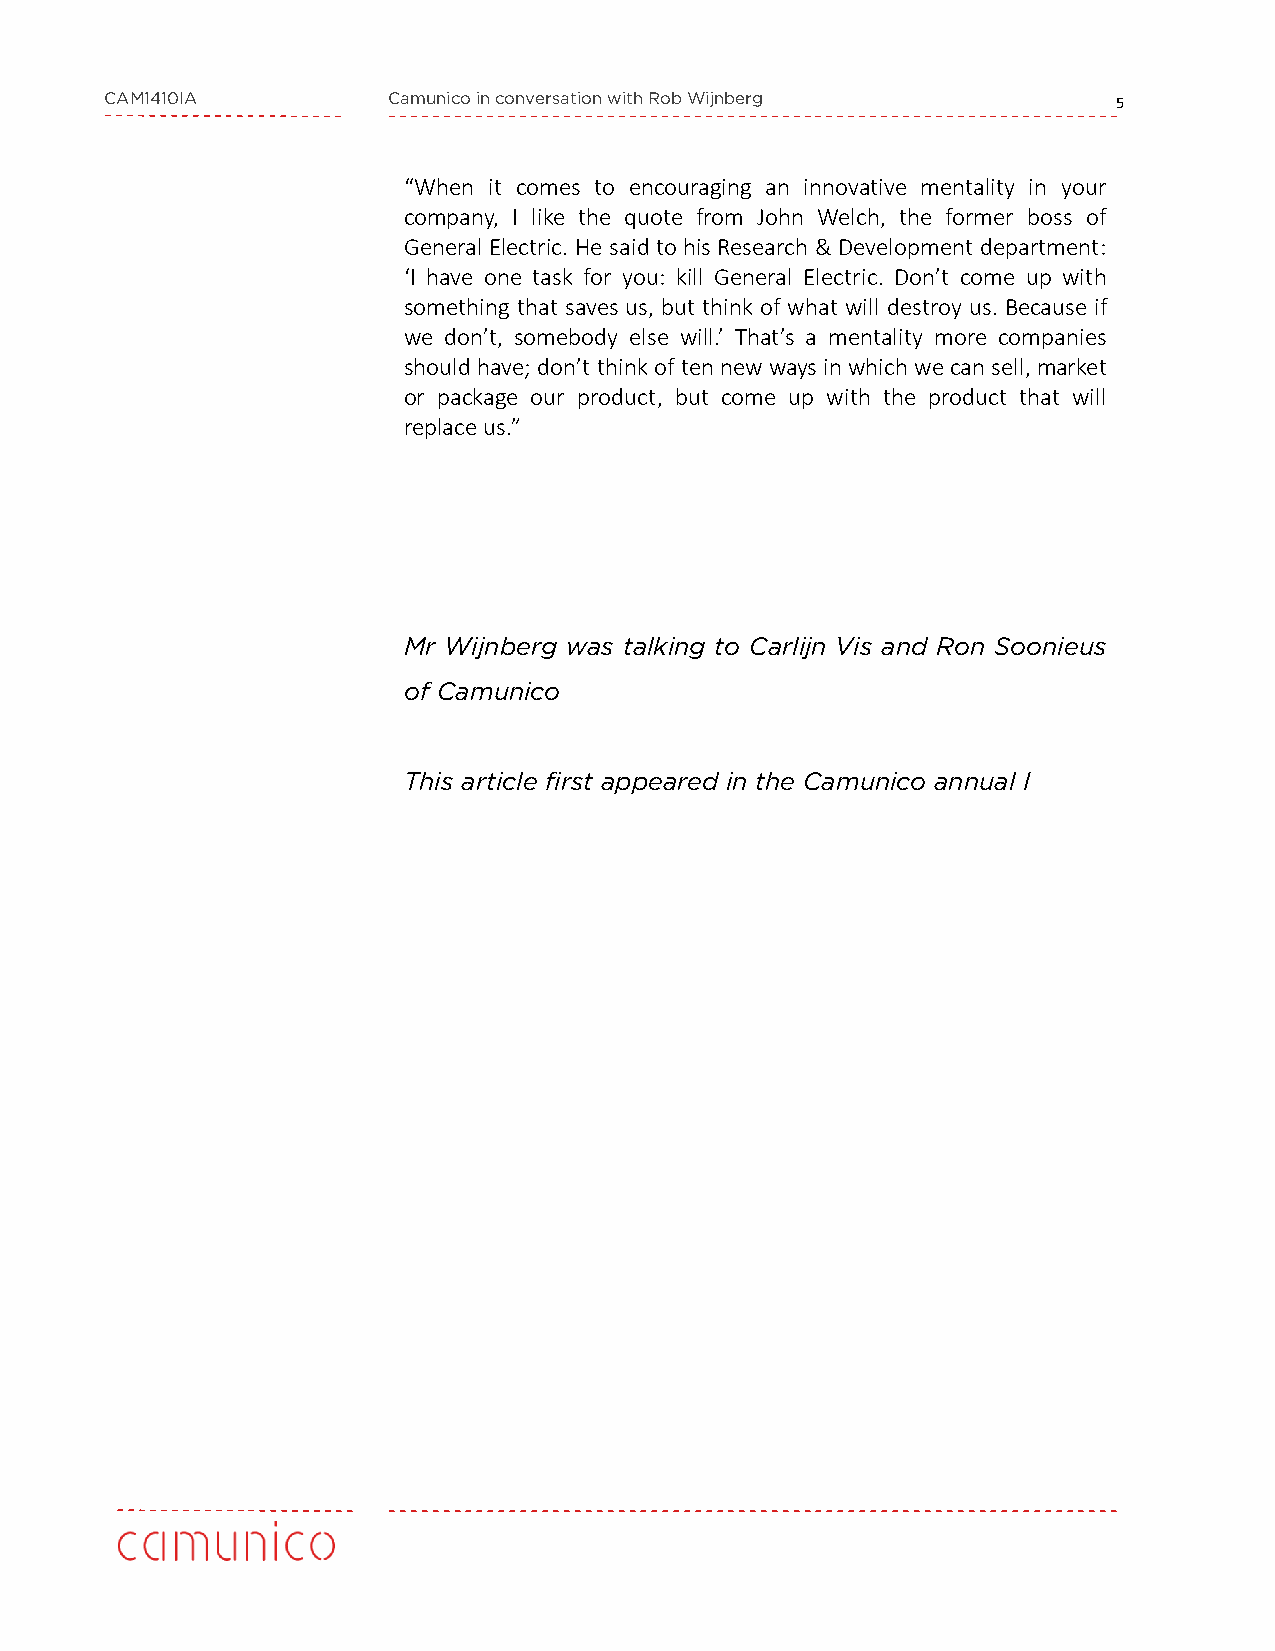
CAM1410IA          Camunico in conversation with Rob Wijnberg      5
 “When it comes to encouraging an innovative mentality in your
 company, I like the quote from John Welch, the former boss of
 General Electric. He said to his Research & Development department:
 ‘I have one task for you: kill General Electric. Don’t come up with
 something that saves us, but think of what will destroy us. Because if
 we don’t, somebody else will.’ That’s a mentality more companies
 should have;don’t thinkof ten newways inwhichwecansell,market
 or package our product, but come up with the product that will
 replaceus.”
 Mr Wijnberg was talking to Carlijn Vis and Ron Soonieus
 of Camunico
 This article first appeared in the Camunico annual I